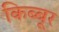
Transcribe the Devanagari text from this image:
किब्बूर